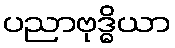
ပညာဗုဒ္ဓိယာ